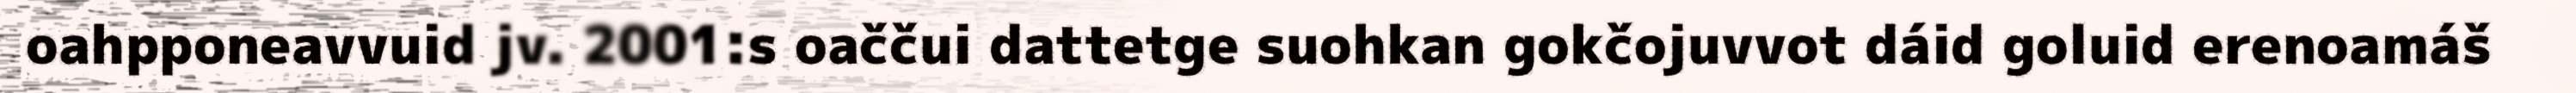
oahpponeavvuid jv. 2001:s oaččui dattetge suohkan gokčojuvvot dáid goluid erenoamáš